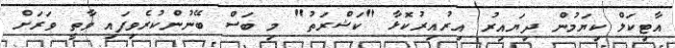
އާޓިކަލް ކިޔަމުން ދިޔައިރު އިރުއިރުކޮޅާ "ކަޝްރަތު" މި ބަސް ބޭނުންކުރެވިފައި ވާތީ ވަރަށް